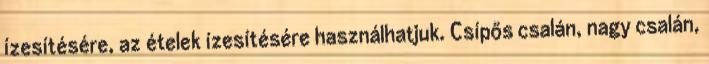
ízesítésére, az ételek ízesítésére használhatjuk. Csípős csalán, nagy csalán,